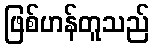
ဖြစ်ဟန်တူသည်